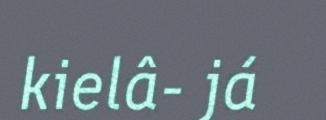
kielâ- já